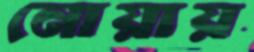
নোয়ায়